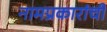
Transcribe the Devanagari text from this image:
नामप्रकारांची